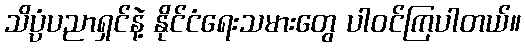
သိပ္ပံပညာရှင်နဲ့ နိုင်ငံရေးသမားတွေ ပါဝင်ကြပါတယ်။